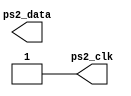
//***************************************************************
// Email: 
// Created Time: 20230519  192813
// Description: 
// Revision history:
//***************************************************************

`timescale 1ns / 1ps

module ps2_keyboard_model(
    output reg ps2_clk,
    output reg ps2_data
);

parameter [31:0] kbd_clk_period = 60;

initial begin
    ps2_clk = 1'b1;
end

task kbd_sendcode;
    integer i;
    input [7:0] code; // key to be sent
    reg[10:0] send_buffer;
    begin
        send_buffer[0]   = 1'b0;  // start bit
        send_buffer[8:1] = code;  // code
        send_buffer[9]   = ~(^code); // odd parity bit
        send_buffer[10]  = 1'b1;  // stop bit
        i = 0;
        while( i < 11) begin
            // set kbd_data
            ps2_data = send_buffer[i];
            #(kbd_clk_period/2) ps2_clk = 1'b0;
            #(kbd_clk_period/2) ps2_clk = 1'b1;
            i = i + 1;
        end
    end
endtask

endmodule